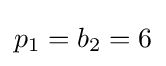
p_{1}=b_{2}=6